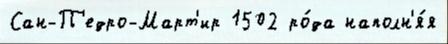
Сан-П'едро-Март'ир 1502 ро́да наполн'я́я